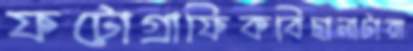
ফটোগ্রাফিকবিছানাটারা